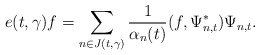
\begin{align*}e(t,\gamma)f=\sum_{n\in J(t,\gamma)}\frac{1}{\alpha_{n}(t)}(f,\Psi_{n,t}^{\ast})\Psi_{n,t}.\end{align*}